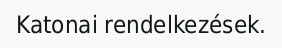
Katonai rendelkezések.